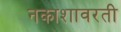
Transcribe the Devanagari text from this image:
नकाशावरती